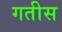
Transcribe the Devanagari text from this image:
गतीस